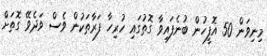
މިނިވަން 50 އޮފީހުން ބުނެފައިވާ ގޮތުގައި ހުރިހާ ފަރާތަކުން ވެސް ވަދެވޭ ގޮތަށް